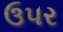
ઉ૫ર